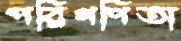
পরিগণিতা